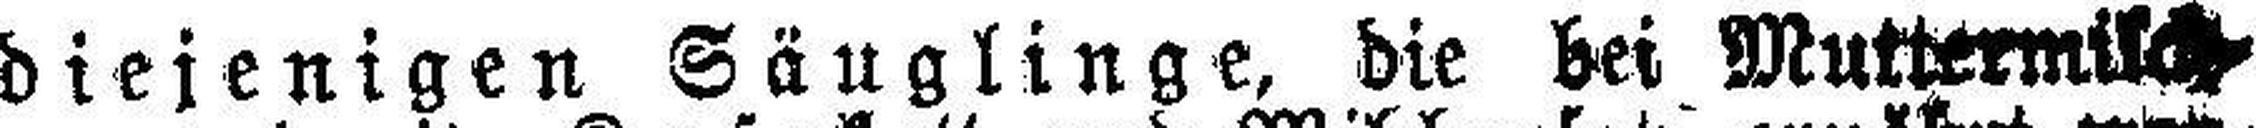
diejenigen Säuglinge, die bei Muttermisch¬